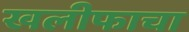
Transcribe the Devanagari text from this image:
खलीफाचा